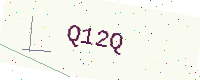
Text: Q12Q